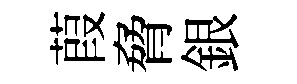
葭脅銀